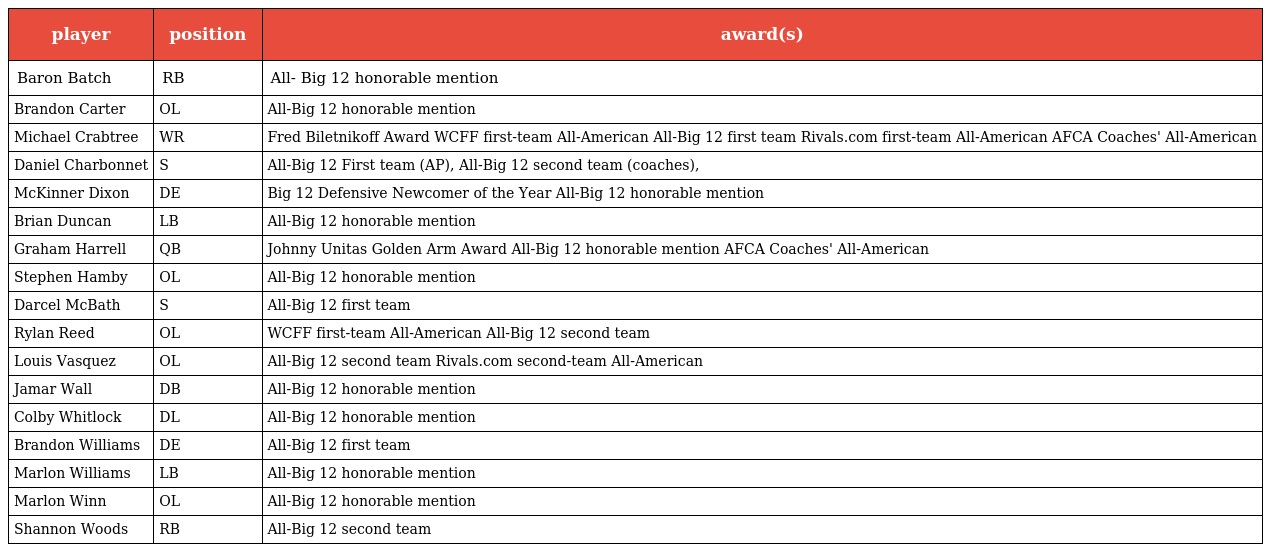
| player | position | award(s) |
 | --- | --- | --- |
 | Baron Batch | RB | All- Big 12 honorable mention |
 | Brandon Carter | OL | All-Big 12 honorable mention |
 | Michael Crabtree | WR | Fred Biletnikoff Award WCFF first-team All-American All-Big 12 first team Rivals.com first-team All-American AFCA Coaches' All-American |
 | Daniel Charbonnet | S | All-Big 12 First team (AP), All-Big 12 second team (coaches), |
 | McKinner Dixon | DE | Big 12 Defensive Newcomer of the Year All-Big 12 honorable mention |
 | Brian Duncan | LB | All-Big 12 honorable mention |
 | Graham Harrell | QB | Johnny Unitas Golden Arm Award All-Big 12 honorable mention AFCA Coaches' All-American |
 | Stephen Hamby | OL | All-Big 12 honorable mention |
 | Darcel McBath | S | All-Big 12 first team |
 | Rylan Reed | OL | WCFF first-team All-American All-Big 12 second team |
 | Louis Vasquez | OL | All-Big 12 second team Rivals.com second-team All-American |
 | Jamar Wall | DB | All-Big 12 honorable mention |
 | Colby Whitlock | DL | All-Big 12 honorable mention |
 | Brandon Williams | DE | All-Big 12 first team |
 | Marlon Williams | LB | All-Big 12 honorable mention |
 | Marlon Winn | OL | All-Big 12 honorable mention |
 | Shannon Woods | RB | All-Big 12 second team |